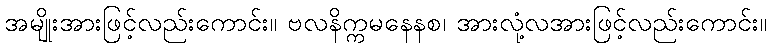
အမျိုးအားဖြင့်လည်းကောင်း။ ဗလနိက္ကမနေနစ၊ အားလုံ့လအားဖြင့်လည်းကောင်း။